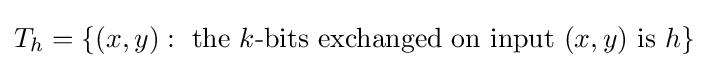
T_{h}=\{(x,y):{\text{ the }}k{\text{-bits exchanged on input }}(x,y){\text{ is }}h\}